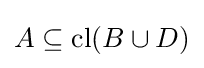
A\subseteq {\text{cl}}(B\cup D)